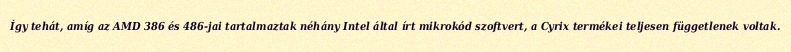
Így tehát, amíg az AMD 386 és 486-jai tartalmaztak néhány Intel által írt mikrokód szoftvert, a Cyrix termékei teljesen függetlenek voltak.